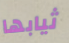
ثيابها